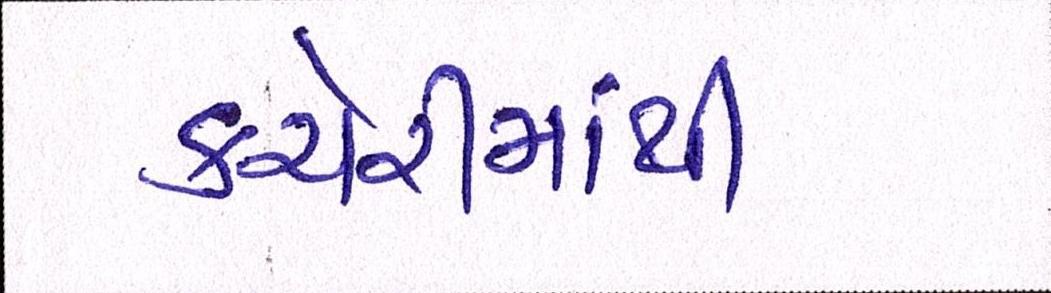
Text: કચેરીમાંથી